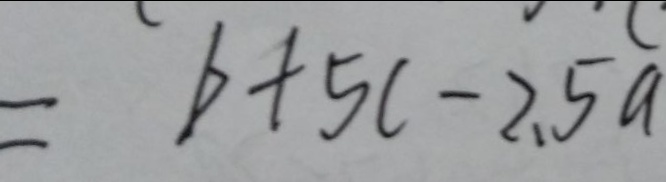
= b + 5 c - 2 . 5 a